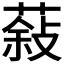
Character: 𮐮